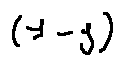
( 1 - j )